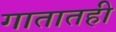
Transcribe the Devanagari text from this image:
गातातही